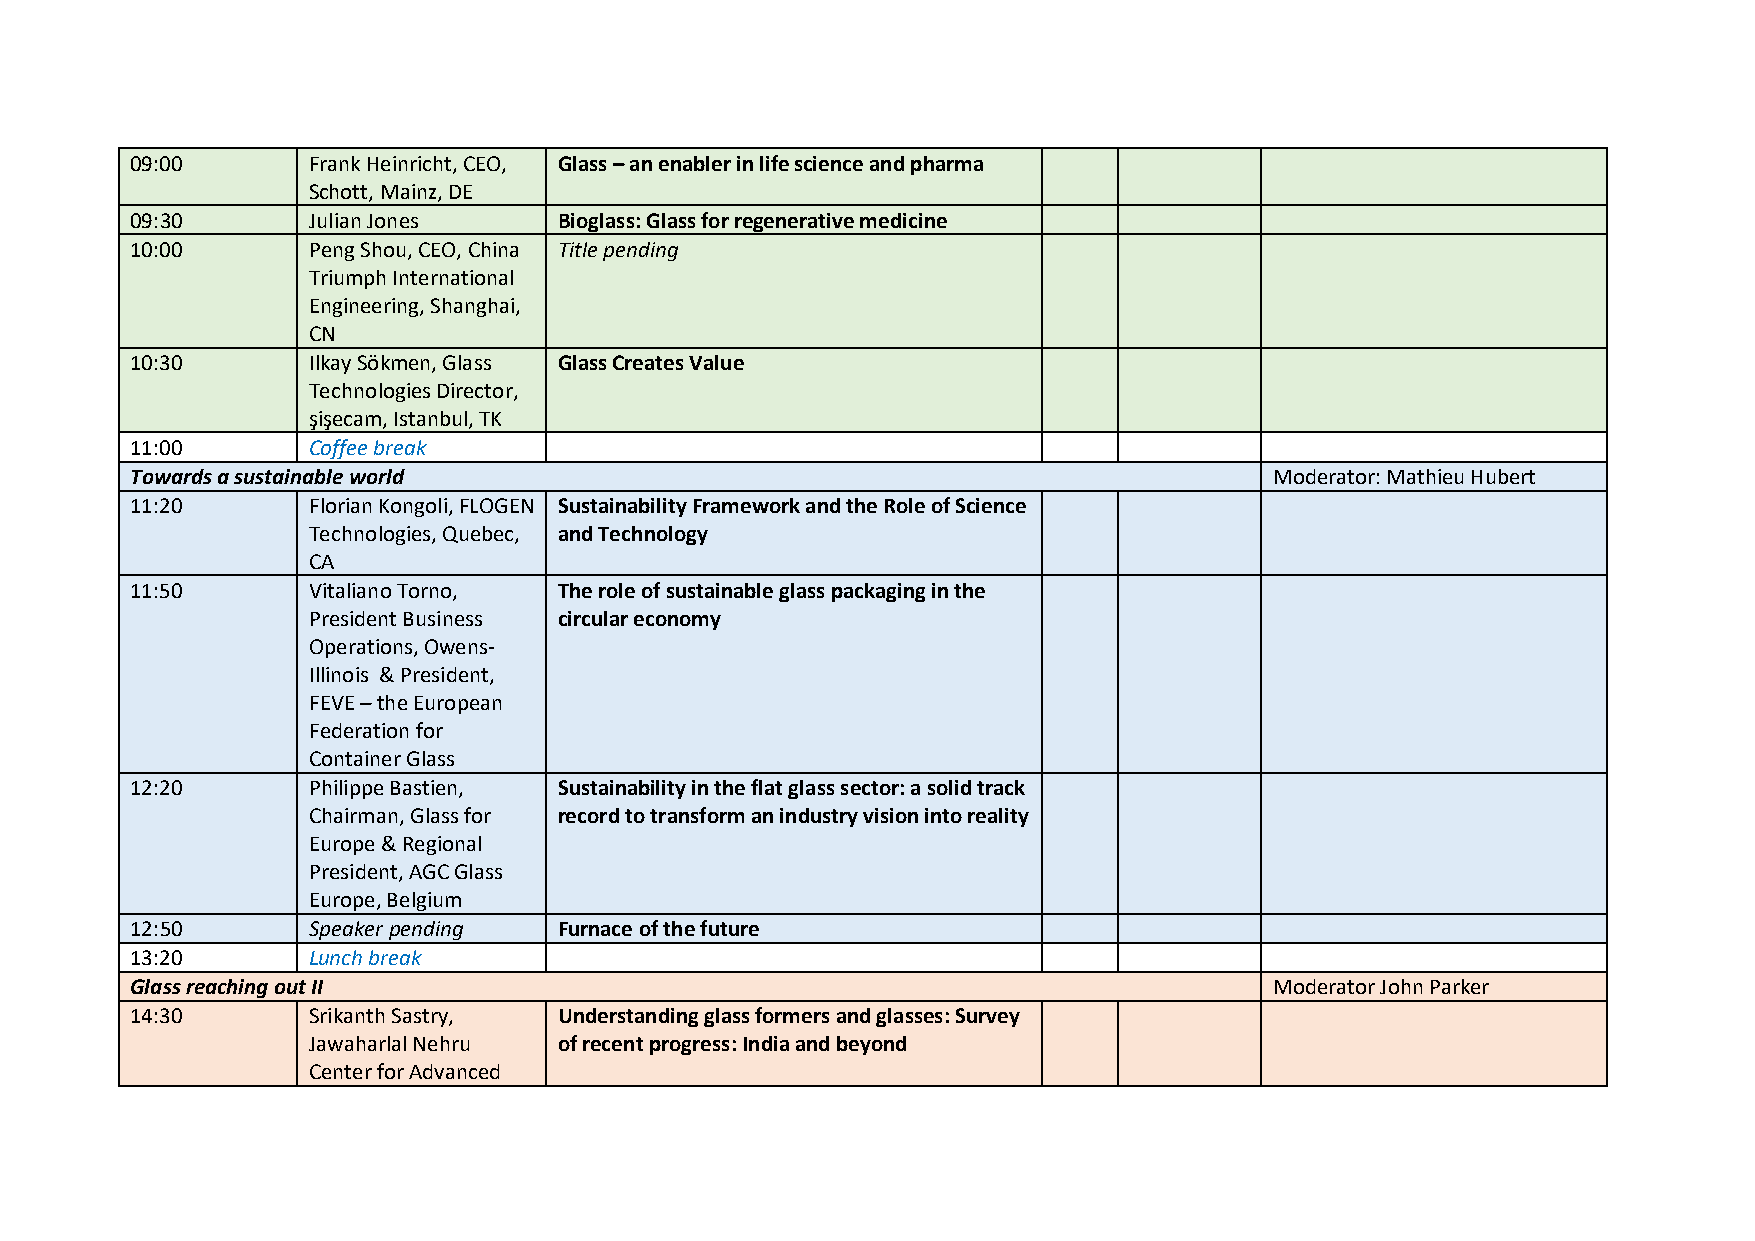
09:00      Frank Heinricht, CEO, Glass – an enabler in life science and pharma
 Schott, Mainz, DE
 09:30      Julian Jones     Bioglass: Glass for regenerative medicine
 10:00      Peng Shou, CEO, China Title pending
 Triumph International
 Engineering, Shanghai,
 CN
 10:30      Ilkay Sökmen, Glass Glass Creates Value
 Technologies Director,
 şişecam, Istanbul, TK
 11:00      Coffee break
 Towards a sustainable world                                                Moderator: Mathieu Hubert
 11:20      Florian Kongoli, FLOGEN Sustainability Framework and the Role of Science
 Technologies, Quebec, and Technology
 CA
 11:50      Vitaliano Torno, The role of sustainable glass packaging in the
 President Business circular economy
 Operations, Owens-
 Illinois & President,
 FEVE – the European
 Federation for
 Container Glass
 12:20      Philippe Bastien, Sustainability in the flat glass sector: a solid track
 Chairman, Glass for record to transform an industry vision into reality
 Europe & Regional
 President, AGC Glass
 Europe, Belgium
 12:50      Speaker pending  Furnace of the future
 13:20      Lunch break
 Glass reaching out II                                                      Moderator John Parker
 14:30      Srikanth Sastry, Understanding glass formers and glasses: Survey
 Jawaharlal Nehru of recent progress: India and beyond
 Center for Advanced